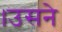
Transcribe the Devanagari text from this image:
।उसने